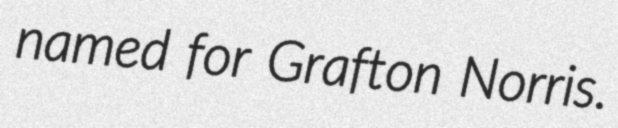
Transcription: named for Grafton Norris.